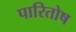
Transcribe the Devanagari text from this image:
पारितोष